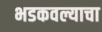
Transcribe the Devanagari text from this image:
भडकवल्याचा